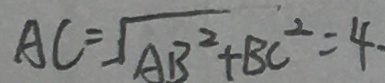
A C = \sqrt { A B ^ { 2 } } + B C ^ { 2 } = 4